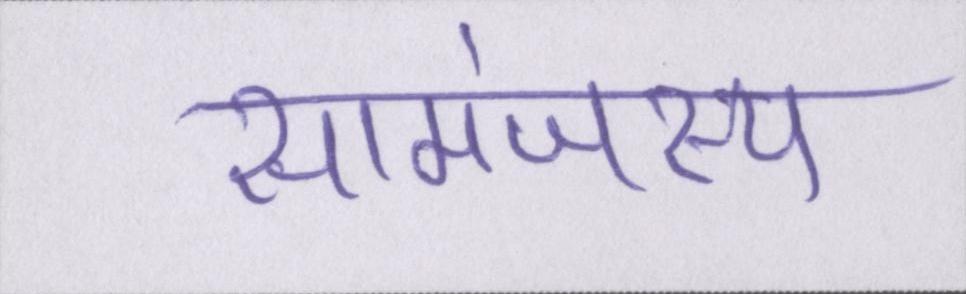
सामंजस्य